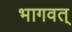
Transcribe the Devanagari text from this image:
भागवत्‌